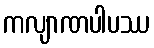
ကလျာဏပါပဿ